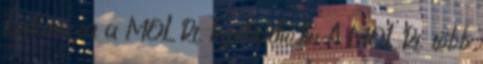
korlátozza a MOL Rt. InfoRádió.hu A MOL Rt. több